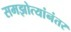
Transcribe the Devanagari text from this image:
समझोत्यांनंतर